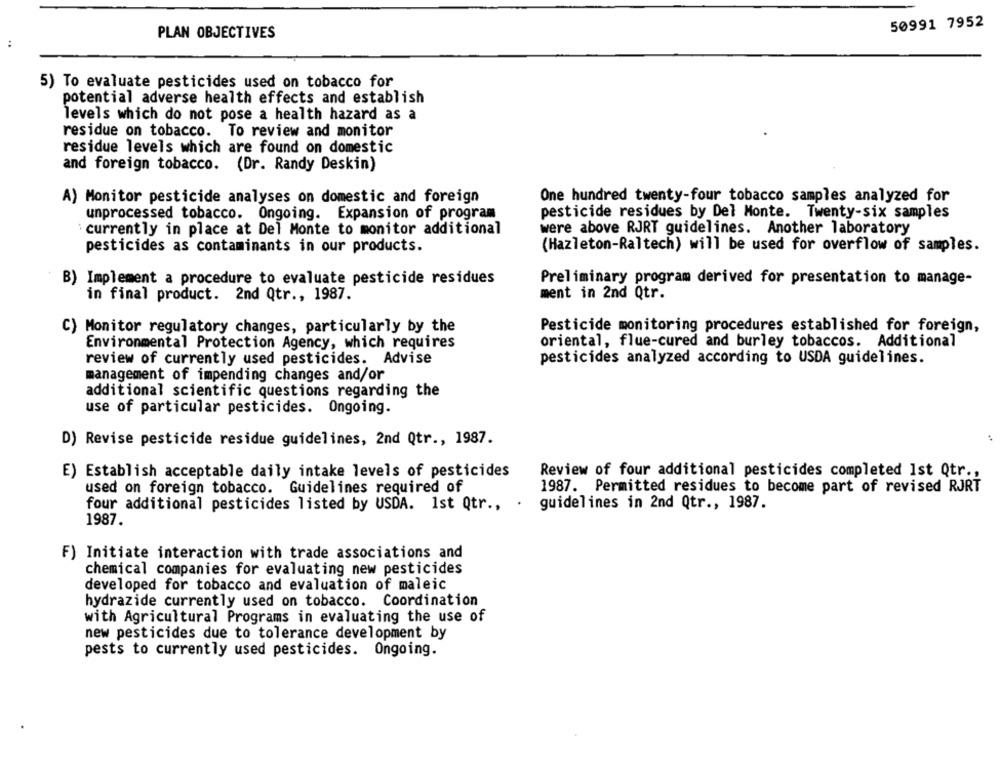
50991 7952
PLAN OBJECTIVES
5) To evaluate pesticides used on tobacco for
potential adverse health effects and establish
levels which do not pose a health hazard as a
residue on tobacco. To review and monitor
residue levels which are found on domestic
and foreign tobacco. (Dr. Randy Deskin)
A) Monitor pesticide analyses on domestic and foreign
One hundred twenty-four tobacco samples analyzed for
unprocessed tobacco. Ongoing. Expansion of program
pesticide residues by Del Monte. Twenty-six samples
: currently in place at Del Monte to monitor additional
were above RJRT guidelines. Another laboratory
(Hazleton-Raltech) will be used for overflow of samples.
pesticides as contaminants in our products.
B) Implement a procedure to evaluate pesticide residues
Preliminary program derived for presentation to manage-
in final product. 2nd Qtr ., 1987.
ment in 2nd Qtr.
C) Monitor regulatory changes, particularly by the
Pesticide monitoring procedures established for foreign,
Environmental Protection Agency, which requires
oriental, flue-cured and burley tobaccos. Additional
review of currently used pesticides. Advise
pesticides analyzed according to USDA guidelines.
management of impending changes and/or
additional scientific questions regarding the
use of particular pesticides. Ongoing.
D) Revise pesticide residue guidelines, 2nd Qtr ., 1987.
E) Establish acceptable daily intake levels of pesticides
Review of four additional pesticides completed Ist Qtr .,
used on foreign tobacco. Guidelines required of
1987. Permitted residues to become part of revised RJRT
four additional pesticides listed by USDA. 1st Qtr .,
guidelines in 2nd Qtr ., 1987.
1987.
F) Initiate interaction with trade associations and
chemical companies for evaluating new pesticides
developed for tobacco and evaluation of maleic
hydrazide currently used on tobacco. Coordination
with Agricultural Programs in evaluating the use of
new pesticides due to tolerance development by
pests to currently used pesticides. Ongoing.